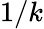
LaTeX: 1/k